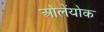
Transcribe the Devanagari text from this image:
ओलेंयोक